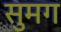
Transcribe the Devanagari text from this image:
सुमग